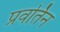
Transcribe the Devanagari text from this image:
प्रवर्तिन